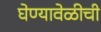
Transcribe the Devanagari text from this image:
घेण्यावेळीची